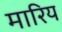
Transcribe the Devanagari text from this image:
मारिय